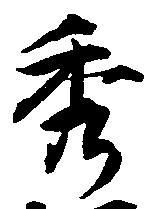
秀